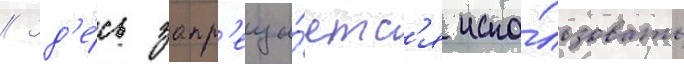
// Зд'е́сь запр'еща́етс'я испо́льзовать